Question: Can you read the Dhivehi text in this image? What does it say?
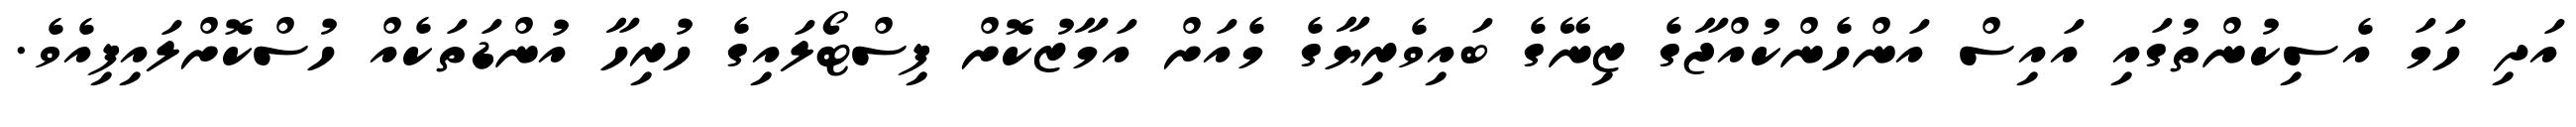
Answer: އަދި ހަމަ އެސިކުންތުގައި އައިސް އަންހެންކުއްޖާގެ ޒިނޭގެ ބައިވެރިޔާގެ މެއަށް އަމާޒުކޮށް ފިސްޓޯލައިގެ ހުރިހާ އުންޑަތަކެއް ހުސްކޮށްލައިފިއެވެ.